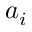
a _ { i }